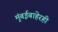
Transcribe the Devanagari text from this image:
मुंबईबाहेरही